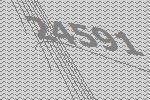
24591